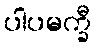
ပါပမက္ခီ